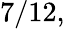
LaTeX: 7/12,